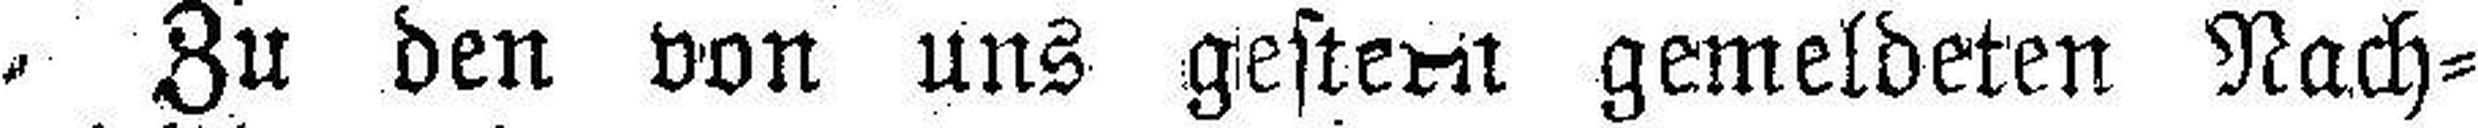
Zu den von uns gestern gemeldeten Nach¬